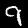
Label: 9